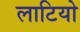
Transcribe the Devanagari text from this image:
लाटियो